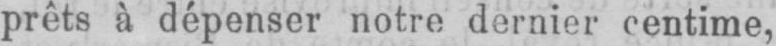
prêts à dépenser notre dernier centime,